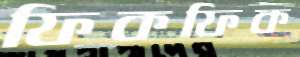
ফিকফিক